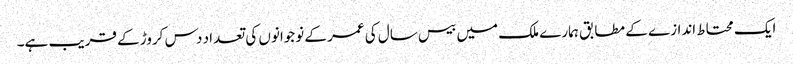
ایک محتاط اندازے کے مطابق ہمارے ملک میں بیس سال کی عمر کے نوجوانوں کی تعداد دس کروڑ کے قریب ہے۔